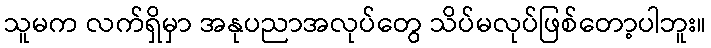
သူမက လက်ရှိမှာ အနုပညာအလုပ်တွေ သိပ်မလုပ်ဖြစ်တော့ပါဘူး။